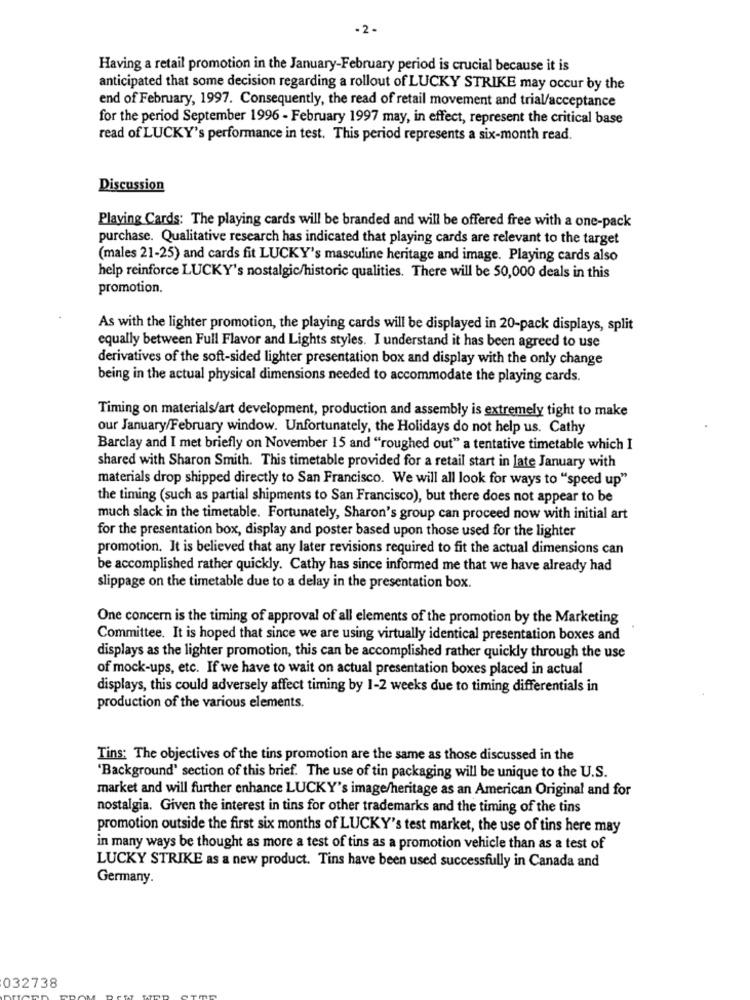
-2 -
Having a retail promotion in the January-February period is crucial because it is
anticipated that some decision regarding a rollout of LUCKY STRIKE may occur by the
end of February, 1997. Consequently, the read of retail movement and trial/acceptance
for the period September 1996 - February 1997 may, in effect, represent the critical base
read of LUCKY's performance in test. This period represents a six-month read.
Discussion
Playing Cards: The playing cards will be branded and will be offered free with a one-pack
purchase. Qualitative research has indicated that playing cards are relevant to the target
(males 21-25) and cards fit LUCKY's masculine heritage and image. Playing cards also
help reinforce LUCKY's nostalgic/historic qualities. There will be 50,000 deals in this
promotion.
As with the lighter promotion, the playing cards will be displayed in 20-pack displays, split
equally between Full Flavor and Lights styles. I understand it has been agreed to use
derivatives of the soft-sided lighter presentation box and display with the only change
being in the actual physical dimensions needed to accommodate the playing cards.
Timing on materials/art development, production and assembly is extremely tight to make
our January/February window. Unfortunately, the Holidays do not help us. Cathy
Barclay and I met briefly on November 15 and "roughed out" a tentative timetable which I
shared with Sharon Smith. This timetable provided for a retail start in late January with
materials drop shipped directly to San Francisco. We will all look for ways to "speed up"
the timing (such as partial shipments to San Francisco), but there does not appear to be
much slack in the timetable. Fortunately, Sharon's group can proceed now with initial art
for the presentation box, display and poster based upon those used for the lighter
promotion. It is believed that any later revisions required to fit the actual dimensions can
be accomplished rather quickly. Cathy has since informed me that we have already had
slippage on the timetable due to a delay in the presentation box.
One concern is the timing of approval of all elements of the promotion by the Marketing
Committee. It is hoped that since we are using virtually identical presentation boxes and
displays as the lighter promotion, this can be accomplished rather quickly through the use
of mock-ups, etc. If we have to wait on actual presentation boxes placed in actual
displays, this could adversely affect timing by 1-2 weeks due to timing differentials in
production of the various elements.
Tins: The objectives of the tins promotion are the same as those discussed in the
'Background' section of this brief. The use of tin packaging will be unique to the U.S.
market and will further enhance LUCKY's image/heritage as an American Original and for
nostalgia. Given the interest in tins for other trademarks and the timing of the tins
promotion outside the first six months of LUCKY's test market, the use of tins here may
in many ways be thought as more a test of tins as a promotion vehicle than as a test of
LUCKY STRIKE as a new product. Tins have been used successfully in Canada and
Germany.
032738